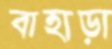
বাহাড়া